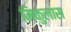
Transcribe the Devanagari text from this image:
मिकुलास